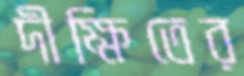
দীক্ষিতের